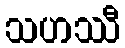
သဟဿီ